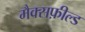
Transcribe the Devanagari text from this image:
मैक्सफ़ील्ड